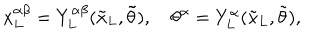
LaTeX: { x _ { L } ^ { \alpha \beta } } = Y _ { L } ^ { \alpha \beta } ( { \tilde { x } _ { L } } , { \tilde { \theta } } ) , \quad { \theta ^ { \alpha } } = Y _ { L } ^ { \alpha } ( { \tilde { x } _ { L } } , { \tilde { \theta } } ) ,